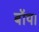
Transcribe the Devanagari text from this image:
बॉय।